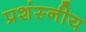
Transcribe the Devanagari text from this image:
प्रशंस्नीय